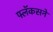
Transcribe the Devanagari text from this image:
फ्लॅकसने